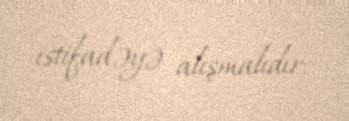
istifadəyə alışmalıdır.